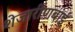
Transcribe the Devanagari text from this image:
शेजारीणबाई